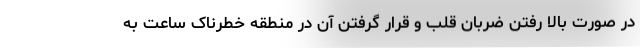
در صورت بالا رفتن ضربان قلب و قرار گرفتن آن در منطقه خطرناک ساعت به